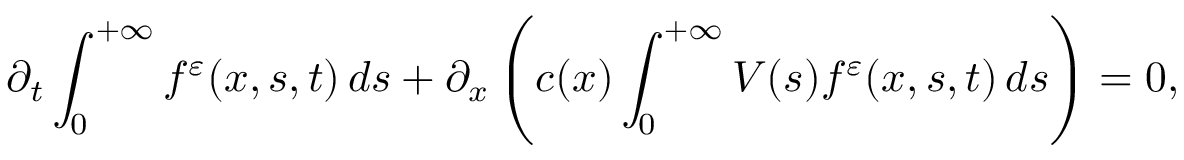
\partial _ { t } \int _ { 0 } ^ { + \infty } f ^ { \varepsilon } ( x , s , t ) \, d s + \partial _ { x } \left( c ( x ) \int _ { 0 } ^ { + \infty } V ( s ) f ^ { \varepsilon } ( x , s , t ) \, d s \right) = 0 ,